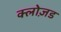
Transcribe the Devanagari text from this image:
क्लोज़ड